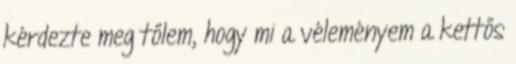
kérdezte meg tőlem, hogy mi a véleményem a kettős